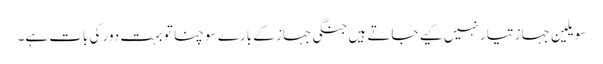
سویلین جہاز تیار نہیں کیے جاتے ہیں جنگی جہاز کے بارے سوچنا تو بہت دور کی بات ہے۔